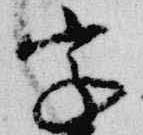
字